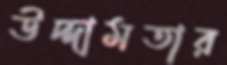
উদ্দামতার